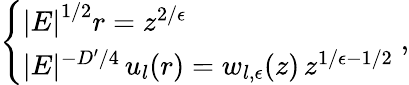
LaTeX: \left\{ \begin{array}{l}{{\left|E\right|^{1/2}r=z^{2/\epsilon}}}\\ {{|E|^{-D^{\prime}/4}\, u_{l}(r)=w_{l,\epsilon}(z)\, z^{1/\epsilon-1/2}}}\end{array}\right.\; ,